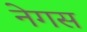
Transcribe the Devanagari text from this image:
नेगस